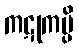
ကဋုကမ္ပိ